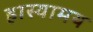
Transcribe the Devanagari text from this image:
हास्यामय